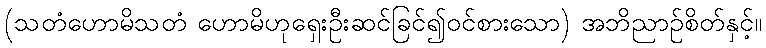
(သတံဟောမိသတံ ဟောမိဟုရှေးဦးဆင်ခြင်၍ဝင်စားသော) အဘိညာဉ်စိတ်နှင့်။